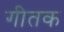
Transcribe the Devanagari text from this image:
गीतक